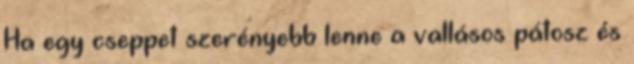
Ha egy cseppet szerényebb lenne a vallásos pátosz és